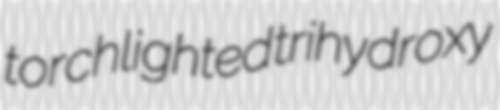
torchlighted trihydroxy